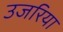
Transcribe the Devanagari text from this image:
उजरिया